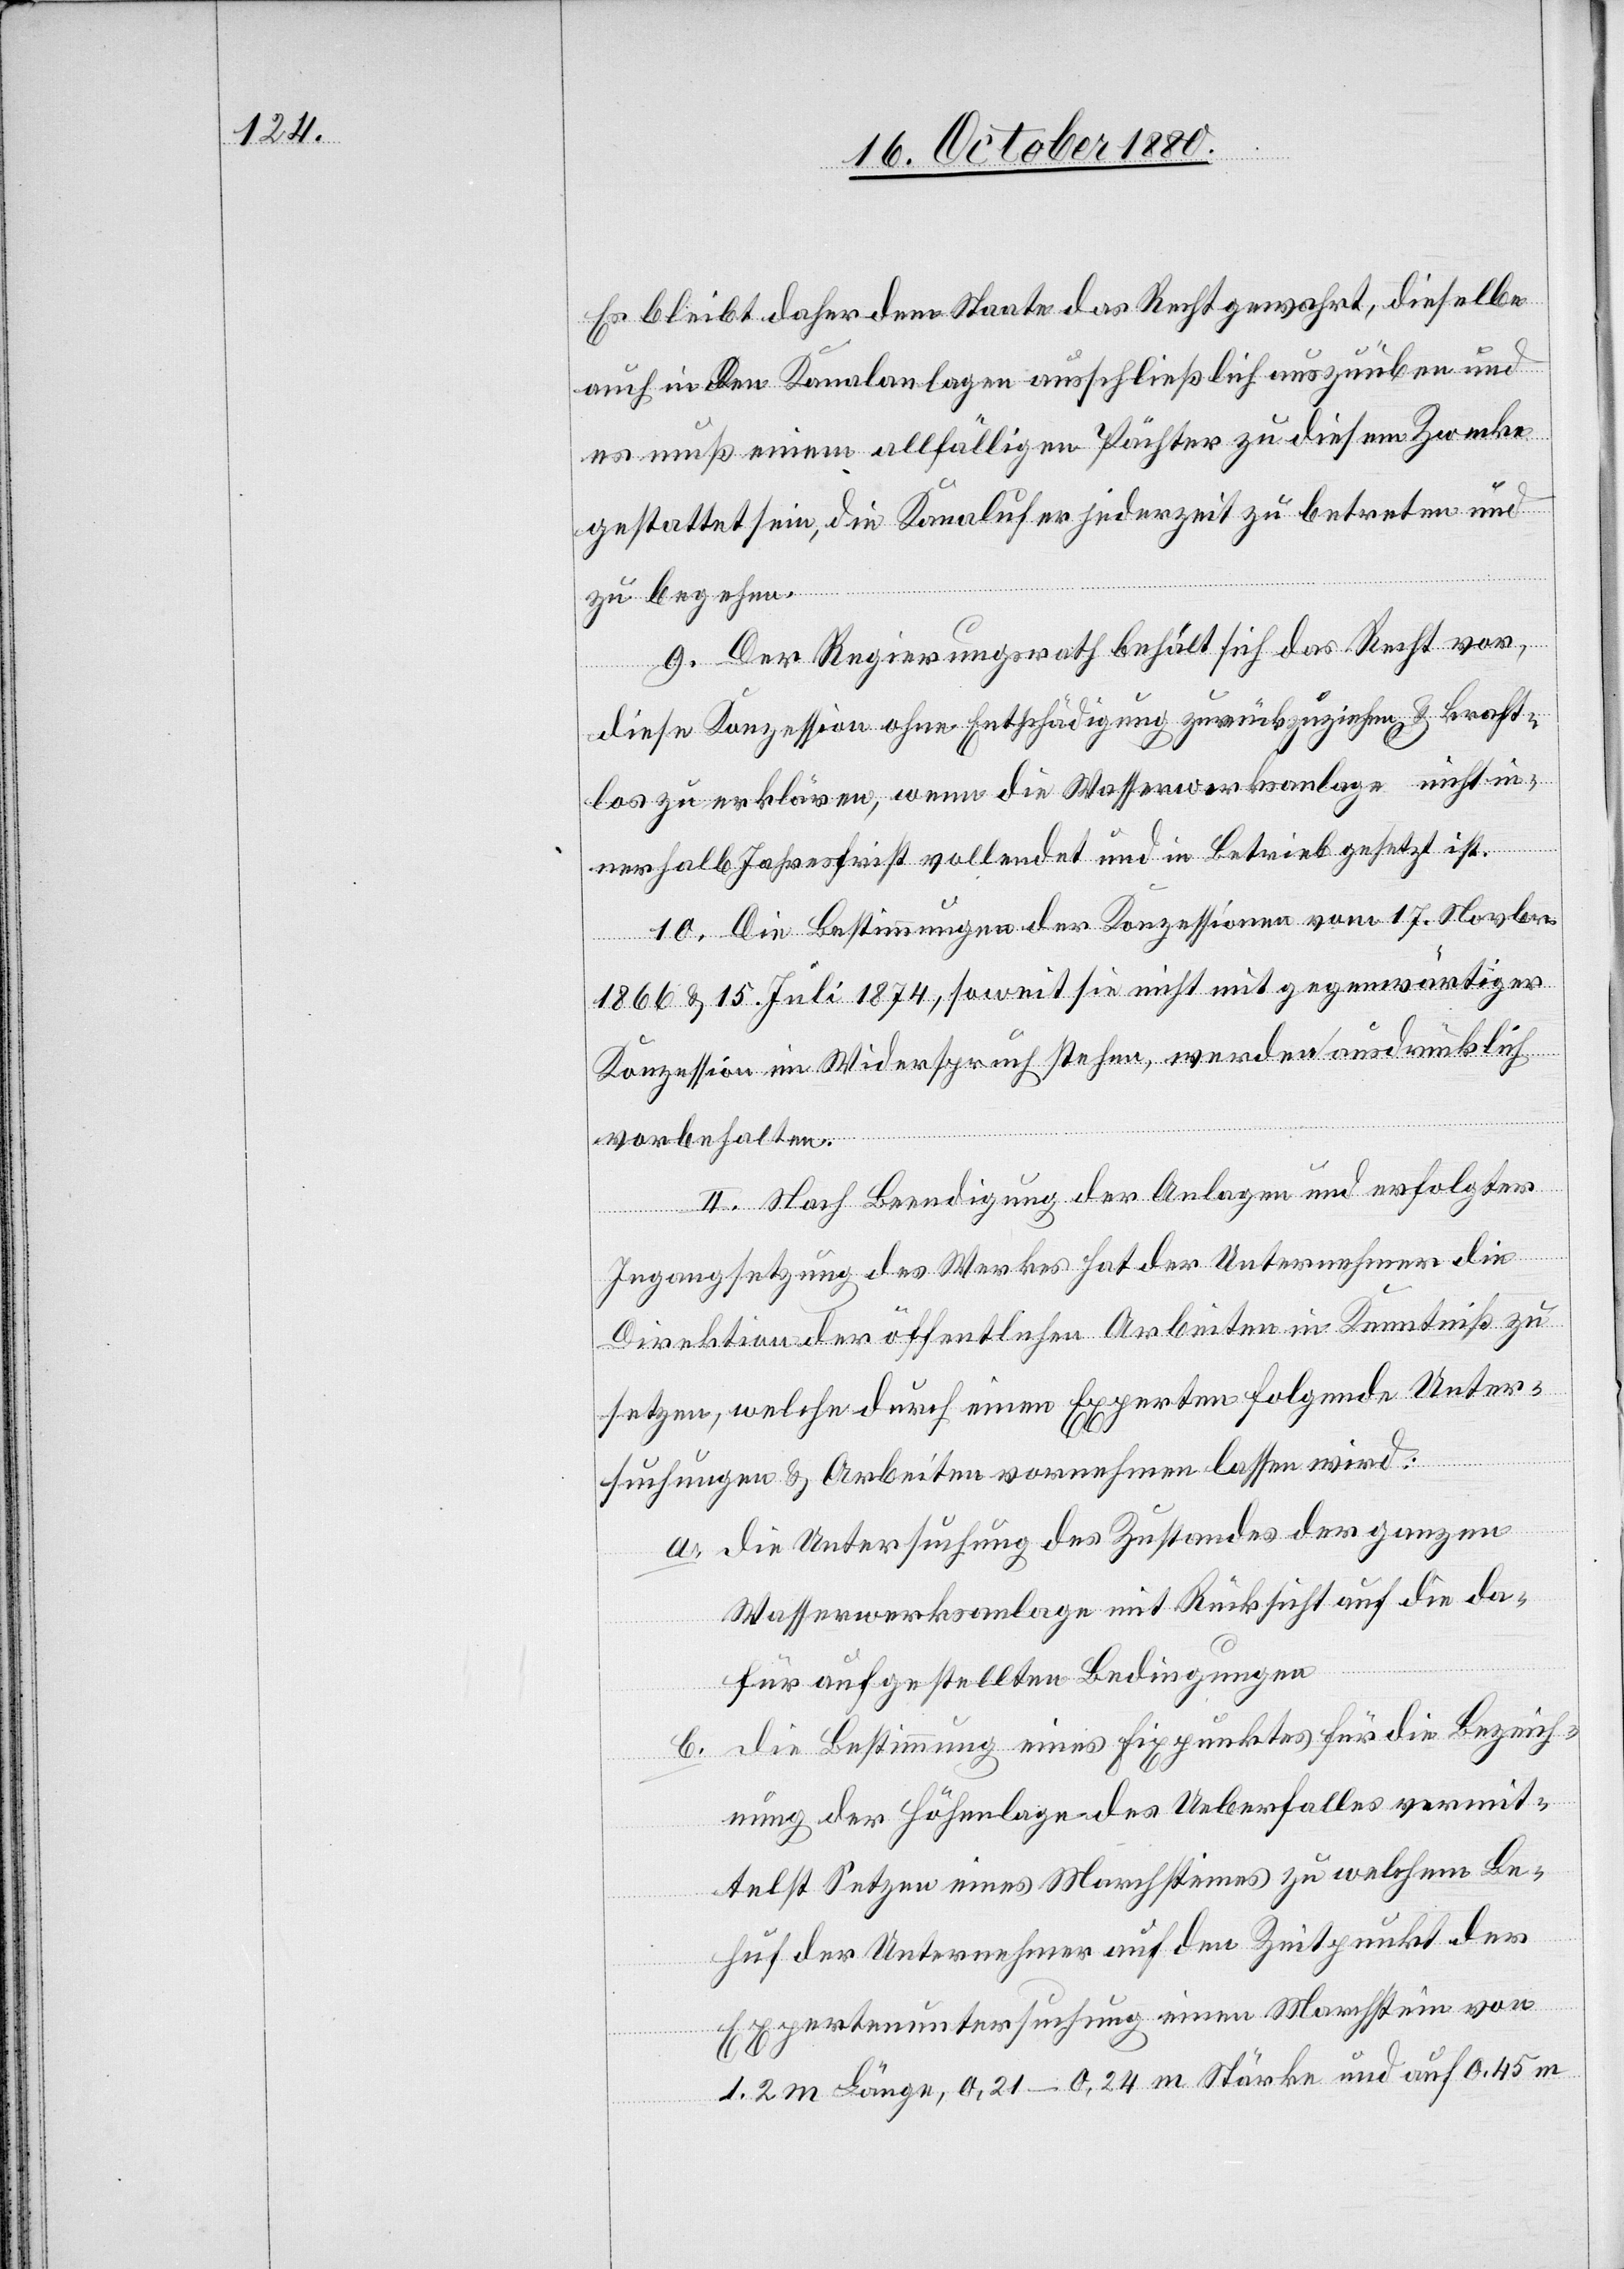
Es bleibt daher dem Staat das Recht gewahrt, dieselbe
auch in den Kanalanlagen ausschließlich auszuüben und
es muß einem allfälligen Pächter zu diesem Zwecke
gestattet sein, die Kanalufer jederzeit zu betreten und
zu begehen.
9. Der Regierungsrath behält sich das Recht vor,
diese Konzession ohne Entschädigung zurückzuziehen & kraft¬
los zu erklären, wenn die Wasserwerksanlage nicht in¬
nerhalb Jahresfrist vollendet und in Betrieb gesetzt ist.
10. Die Bestimmungen der Konzessionen vom 17. Novbr.
1866 & 15. Juli 1874, soweit sie nicht mit gegenwärtiger
Konzession in Widerspruch stehen, werden ausdrücklich
vorbehalten.
II. Nach Beendigung der Anlagen und erfolgter
Ingangsetzung des Werkes hat der Unternehmer die
Direktion der öffentlichen Arbeiten in Kenntniß zu
setzen, welche durch einen Experten folgende Unter¬
suchungen & Arbeiten vornehmen lassen wird:
a. die Untersuchung des Zustandes der ganzen
Wasserwerksanlage mit Rücksicht auf die da¬
für aufgestellten Bedingungen.
b. die Bestimmung eines Fixpunktes für die Bezeich¬
nung der Höhenlage des Ueberfalles vermit¬
telst Setzen eines Marchsteines zu welchem Be¬
huf der Unternehmer auf den Zeitpunkt der
Expertenuntersuchung einen Marchstein von
1,2 m Länge, 0,21–0,24 m Stärke und auf 0,45 m